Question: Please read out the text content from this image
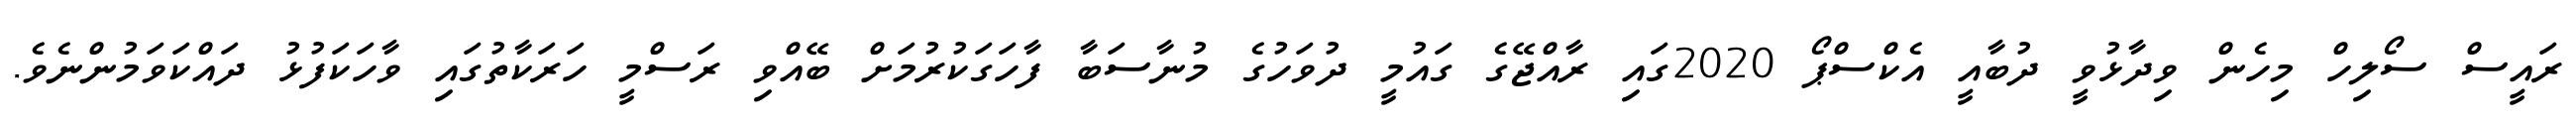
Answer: ރައީސް ސޯލިހް މިހެން ވިދާޅުވީ ދުބާއީ އެކްސްޕޯ 2020ގައި ރާއްޖޭގެ ގައުމީ ދުވަހުގެ މުނާސަބާ ފާހަގަކުރުމަށް ބޭއްވި ރަސްމީ ހަރަކާތުގައި ވާހަކަފުޅު ދައްކަވަމުންނެވެ.